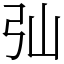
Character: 㢫